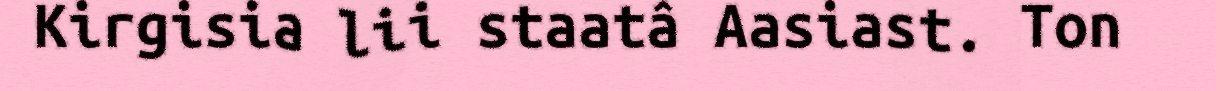
Kirgisia lii staatâ Aasiast. Ton